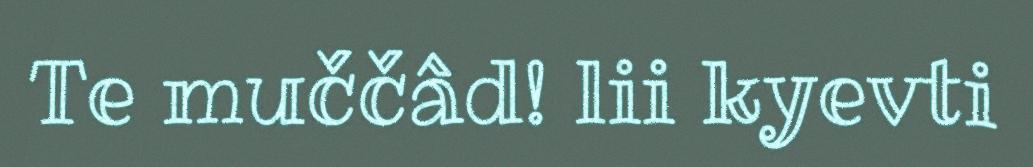
Te muččâd! lii kyevti